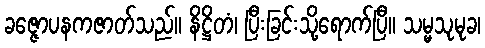
ခဇ္ဇောပနကဇာတ်သည်။ နိဋ္ဌိတံ၊ ပြီးခြင်းသို့ရောက်ပြီ။ သမ္မသုမုခ၊